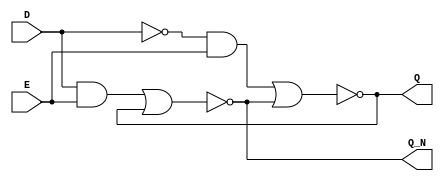
module D_Latch(D, E, Q, Q_N);
	input D, E;
	output Q, Q_N;
	
	// Internal wires
	wire w1, w2, D_N;
	
	not(D_N, D);
	and(w1, D_N, E);
	and(w2, D, E);
	nor(Q, w1, Q_N);
	nor(Q_N, w2, Q);
endmodule